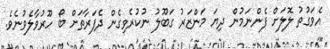
އެވަގުތު ލޮލަށް ފެންނަމުން ދިޔަ މަންޒަރު ގަބޫލު ނުކުރެވިގެން ދެފަރާތަށް ބޯ ހޫރުވާލެވުނެވެ.